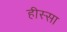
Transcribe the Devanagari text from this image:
हीस्सा